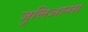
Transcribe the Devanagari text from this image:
जुलिआनस